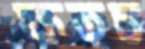
ক্ষতচ